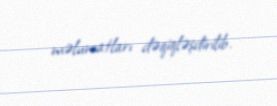
məlumatları dəqiqləşdirilib.